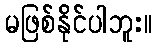
မဖြစ်နိုင်ပါဘူး။